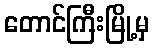
တောင်ကြီးမြို့မှ